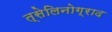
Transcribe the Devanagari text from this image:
त्सेलिनोग्राद